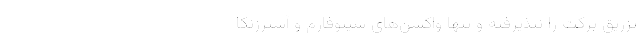
تزریق برکت را‌‌‌‌‌‌‌‌ نپذیرفته و تنها واکسن‌های سینوفارم و آسترزنکا